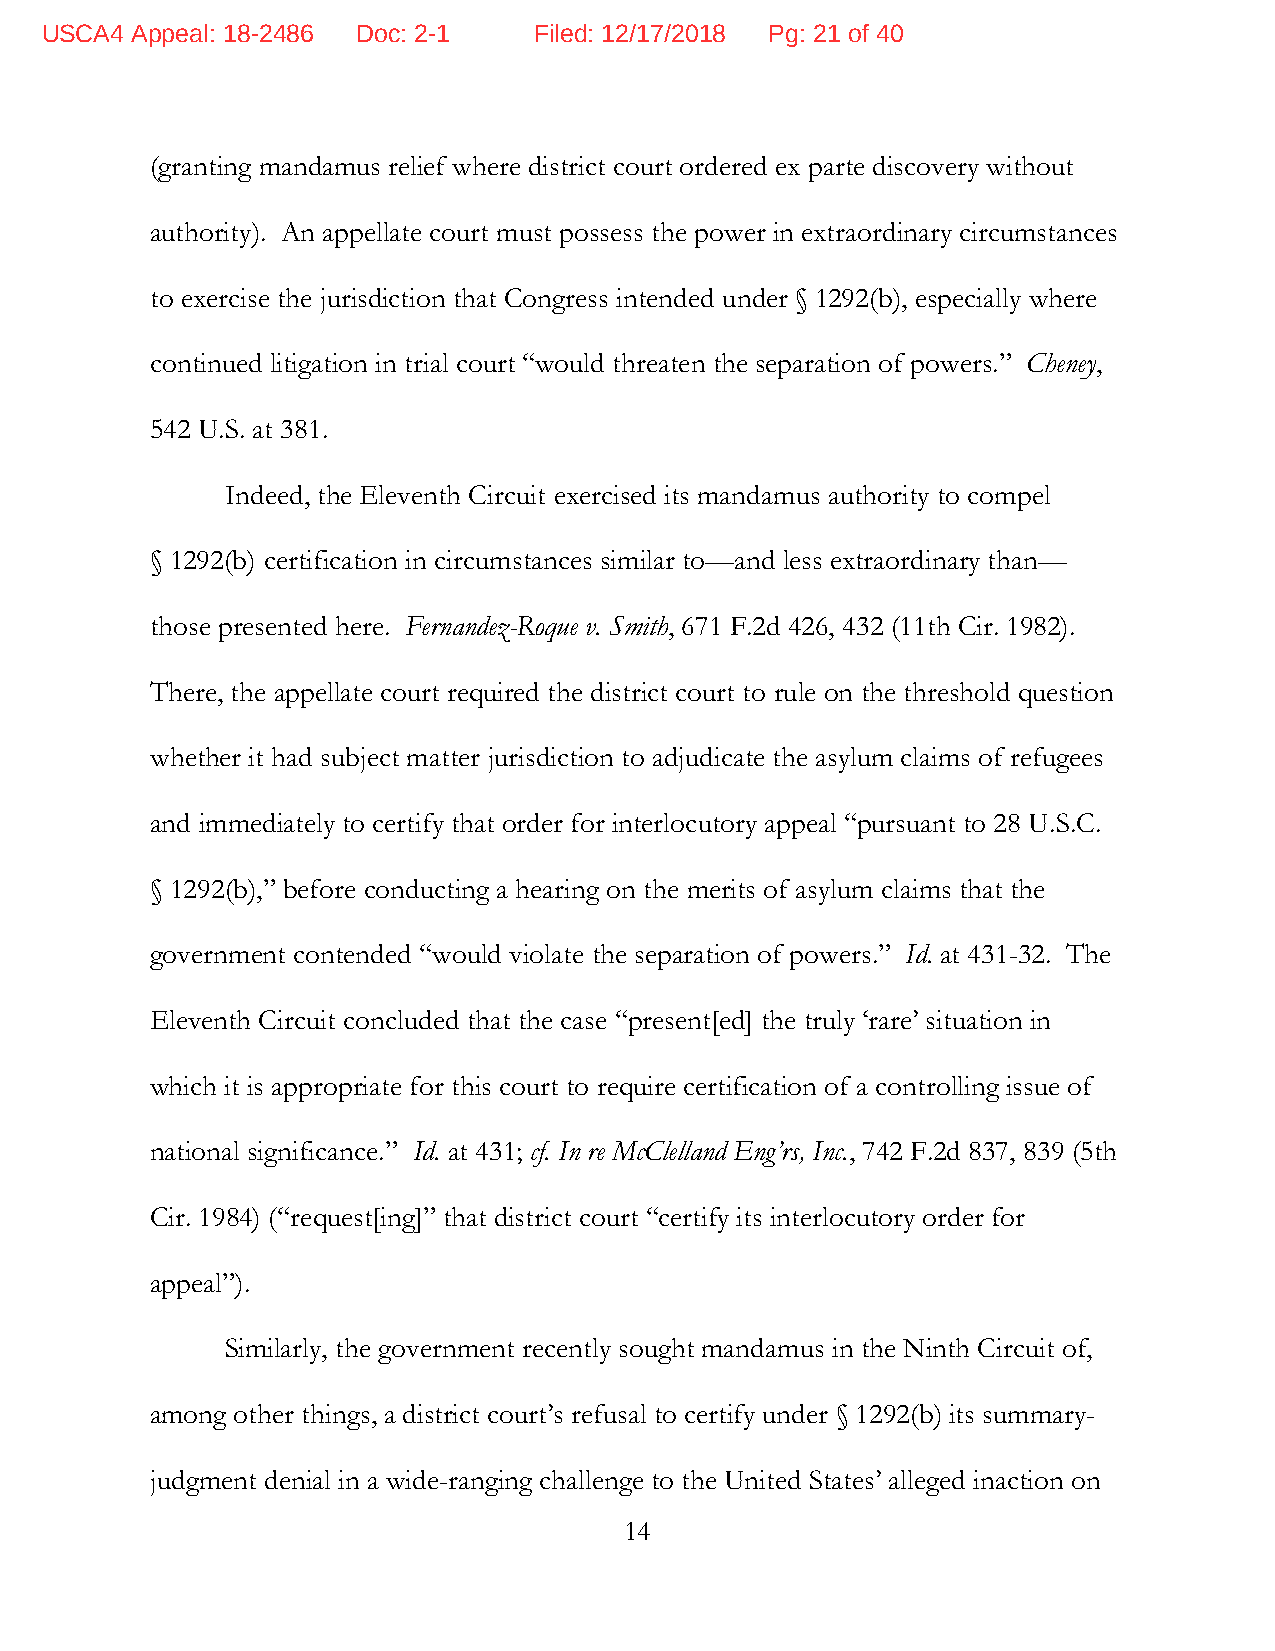
USCA4 Appeal: 18-2486 Doc: 2-1  Filed: 12/17/2018 Pg: 21 of 40
 (granting mandamus relief where district court ordered ex parte discovery without
 authority). An appellate court must possess the power in extraordinary circumstances
 to exercise the jurisdiction that Congress intended under § 1292(b), especially where
 continued litigation in trial court “would threaten the separation of powers.” Cheney,
 542 U.S. at 381.
 Indeed, the Eleventh Circuit exercised its mandamus authority to compel
 § 1292(b) certification in circumstances similar to—and less extraordinary than—
 those presented here. Fernandez-Roque v. Smith, 671 F.2d 426, 432 (11th Cir. 1982).
 There, the appellate court required the district court to rule on the threshold question
 whether it had subject matter jurisdiction to adjudicate the asylum claims of refugees
 and immediately to certify that order for interlocutory appeal “pursuant to 28 U.S.C.
 § 1292(b),” before conducting a hearing on the merits of asylum claims that the
 government contended “would violate the separation of powers.” Id. at 431-32. The
 Eleventh Circuit concluded that the case “present[ed] the truly ‘rare’ situation in
 which it is appropriate for this court to require certification of a controlling issue of
 national significance.” Id. at 431; cf. In re McClelland Eng’rs, Inc., 742 F.2d 837, 839 (5th
 Cir. 1984) (“request[ing]” that district court “certify its interlocutory order for
 appeal”).
 Similarly, the government recently sought mandamus in the Ninth Circuit of,
 among other things, a district court’s refusal to certify under § 1292(b) its summary-
 judgment denial in a wide-ranging challenge to the United States’ alleged inaction on
 14